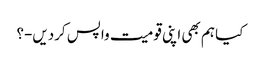
کیا ہم بھی اپنی قومیت واپس کردیں-؟